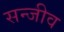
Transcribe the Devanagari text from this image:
सन्जीव